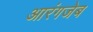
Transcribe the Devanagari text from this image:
आरंगजेब